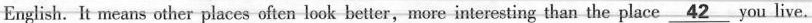
English. It means other places often look better,more interesting than the place \underline{42} you live.